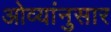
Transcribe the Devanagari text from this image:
ओव्यांनुसार